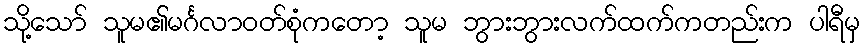
သို့သော် သူမ၏မင်္ဂလာဝတ်စုံကတော့ သူမ ဘွားဘွားလက်ထက်ကတည်းက ပါရီမှ